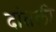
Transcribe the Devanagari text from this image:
दांतली